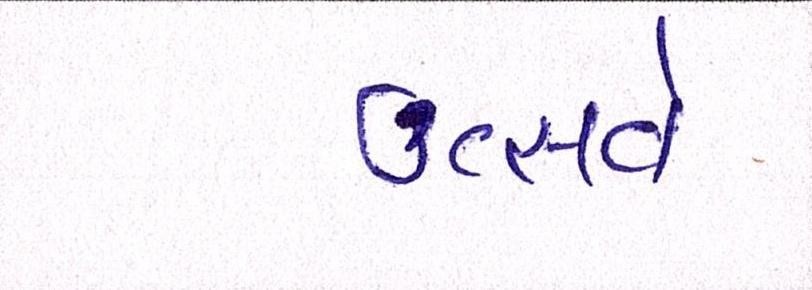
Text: ઉત્સવે